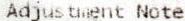
ADJUSTMENT NOTE